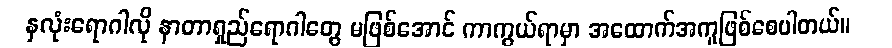
နှလုံးရောဂါလို နာတာရှည်ရောဂါတွေ မဖြစ်အောင် ကာကွယ်ရာမှာ အထောက်အကူဖြစ်စေပါတယ်။